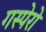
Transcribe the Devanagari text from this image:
गस्पेरो